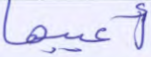
أعيبها